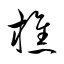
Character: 樵